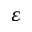
\varepsilon